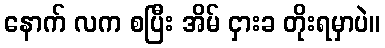
နောက် လက စပြီး အိမ် ငှားခ တိုးရမှာပဲ။